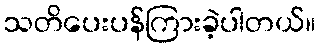
သတိပေးပန်ကြားခဲ့ပါတယ်။